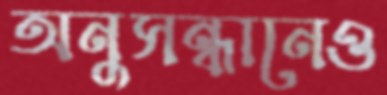
অনুসন্ধানেও